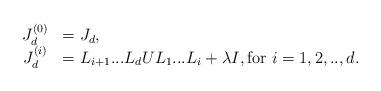
LaTeX: \begin{align*}\begin{array}{cl}J_{d}^{\left( 0\right) } & =J_{d}, \\ J_{d}^{\left( i\right) } & =L_{i+1}...L_{d}UL_{1}...L_{i}+\lambda I,\text{for }i=1,2,..,d.\end{array}\end{align*}